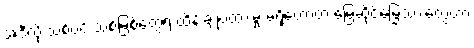
အဲဒီလို သစ်ပင် သစ်မြစ်တွေရဲ့ ထိန်းချုပ်ထားမှု မရှိတော့တဲ့ မြေဆိုင်မြေသားတွေဟာ